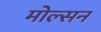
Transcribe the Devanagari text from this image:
मोल्सन